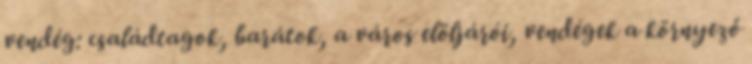
vendég: családtagok, barátok, a város elöljárói, vendégek a környező